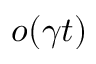
o ( \gamma t )